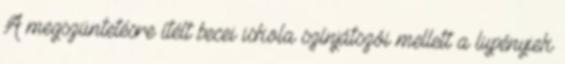
A megszüntetésre ítélt becei iskola színjátszói mellett a lupényiek